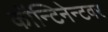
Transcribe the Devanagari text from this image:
कॉन्टिनेन्टवर